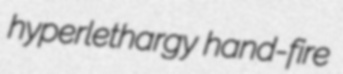
hyperlethargy hand-fire